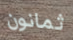
ثمانون